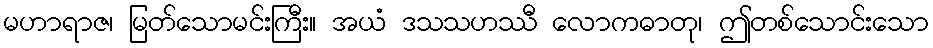
မဟာရာဇ၊ မြတ်သောမင်းကြီး။ အယံ ဒသသဟဿီ လောကဓာတု၊ ဤတစ်သောင်းသော